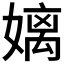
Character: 𮱓